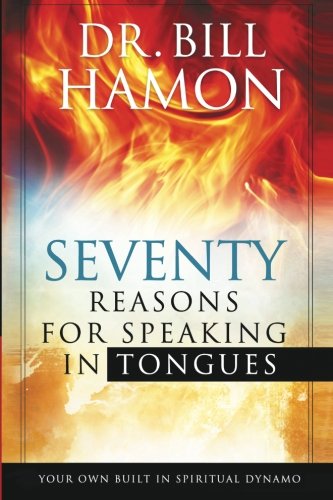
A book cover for Seventy Reasons for Speaking in Tongues: Your Own Built in Spiritual Dynamo; Bill Hamon; Christian Books & Bibles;